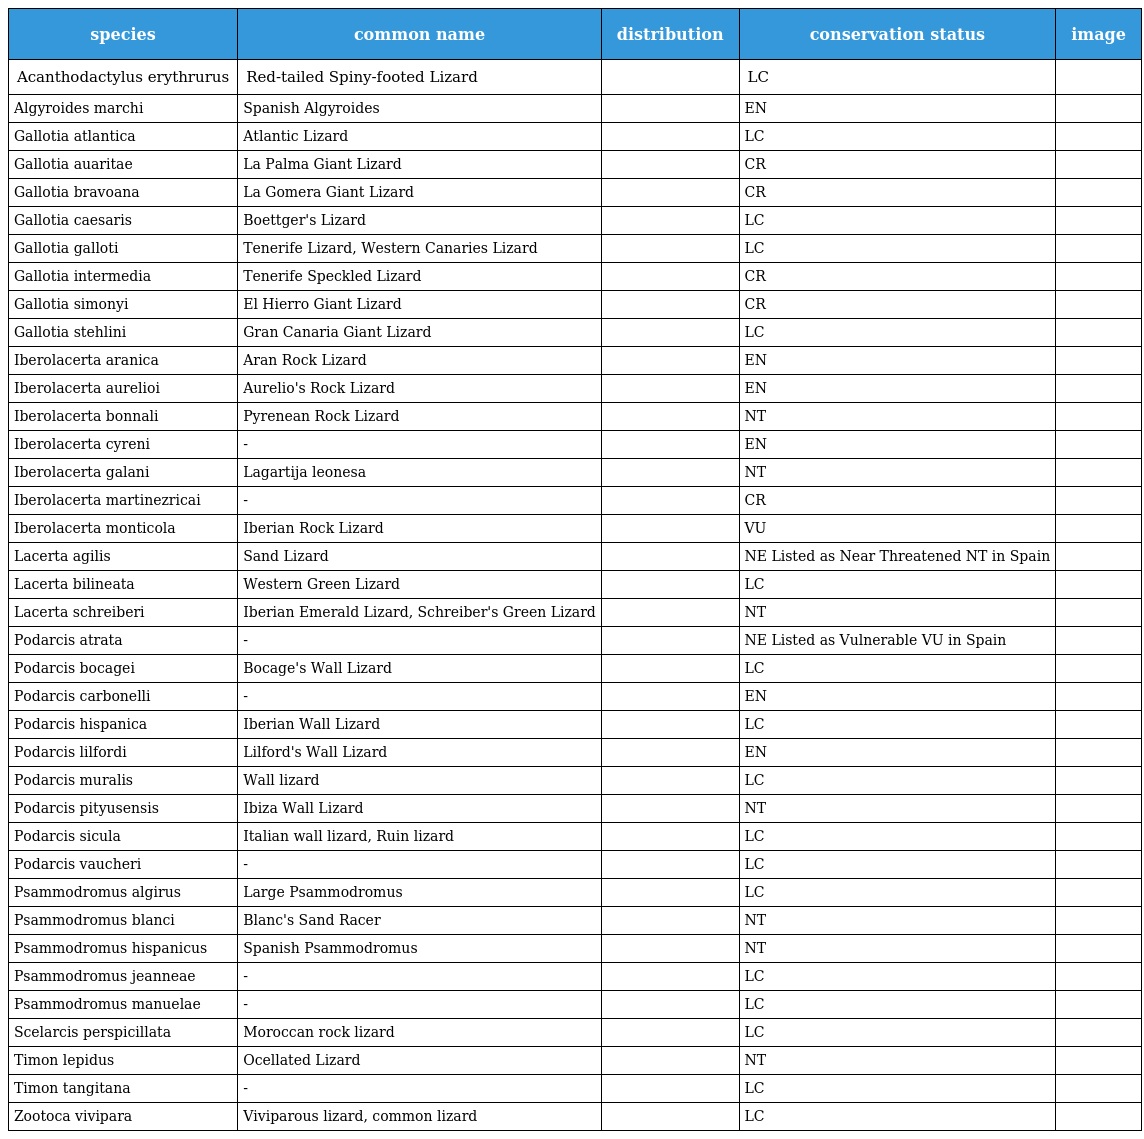
| species | common name | distribution | conservation status | image |
 | --- | --- | --- | --- | --- |
 | Acanthodactylus erythrurus | Red-tailed Spiny-footed Lizard |  | LC |  |
 | Algyroides marchi | Spanish Algyroides |  | EN |  |
 | Gallotia atlantica | Atlantic Lizard |  | LC |  |
 | Gallotia auaritae | La Palma Giant Lizard |  | CR |  |
 | Gallotia bravoana | La Gomera Giant Lizard |  | CR |  |
 | Gallotia caesaris | Boettger's Lizard |  | LC |  |
 | Gallotia galloti | Tenerife Lizard, Western Canaries Lizard |  | LC |  |
 | Gallotia intermedia | Tenerife Speckled Lizard |  | CR |  |
 | Gallotia simonyi | El Hierro Giant Lizard |  | CR |  |
 | Gallotia stehlini | Gran Canaria Giant Lizard |  | LC |  |
 | Iberolacerta aranica | Aran Rock Lizard |  | EN |  |
 | Iberolacerta aurelioi | Aurelio's Rock Lizard |  | EN |  |
 | Iberolacerta bonnali | Pyrenean Rock Lizard |  | NT |  |
 | Iberolacerta cyreni | - |  | EN |  |
 | Iberolacerta galani | Lagartija leonesa |  | NT |  |
 | Iberolacerta martinezricai | - |  | CR |  |
 | Iberolacerta monticola | Iberian Rock Lizard |  | VU |  |
 | Lacerta agilis | Sand Lizard |  | NE Listed as Near Threatened NT in Spain |  |
 | Lacerta bilineata | Western Green Lizard |  | LC |  |
 | Lacerta schreiberi | Iberian Emerald Lizard, Schreiber's Green Lizard |  | NT |  |
 | Podarcis atrata | - |  | NE Listed as Vulnerable VU in Spain |  |
 | Podarcis bocagei | Bocage's Wall Lizard |  | LC |  |
 | Podarcis carbonelli | - |  | EN |  |
 | Podarcis hispanica | Iberian Wall Lizard |  | LC |  |
 | Podarcis lilfordi | Lilford's Wall Lizard |  | EN |  |
 | Podarcis muralis | Wall lizard |  | LC |  |
 | Podarcis pityusensis | Ibiza Wall Lizard |  | NT |  |
 | Podarcis sicula | Italian wall lizard, Ruin lizard |  | LC |  |
 | Podarcis vaucheri | - |  | LC |  |
 | Psammodromus algirus | Large Psammodromus |  | LC |  |
 | Psammodromus blanci | Blanc's Sand Racer |  | NT |  |
 | Psammodromus hispanicus | Spanish Psammodromus |  | NT |  |
 | Psammodromus jeanneae | - |  | LC |  |
 | Psammodromus manuelae | - |  | LC |  |
 | Scelarcis perspicillata | Moroccan rock lizard |  | LC |  |
 | Timon lepidus | Ocellated Lizard |  | NT |  |
 | Timon tangitana | - |  | LC |  |
 | Zootoca vivipara | Viviparous lizard, common lizard |  | LC |  |